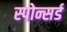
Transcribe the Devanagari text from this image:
स्पोन्सर्ड